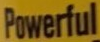
Powerful